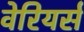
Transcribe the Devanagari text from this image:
वेरियर्स